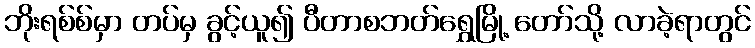
ဘိုးရစ်စ်မှာ တပ်မှ ခွင့်ယူ၍ ပီတာစဘတ်ရွှေမြို့ တော်သို့ လာခဲ့ရာတွင်